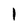
Character: 1